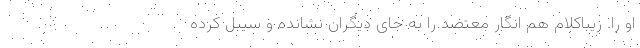
او را. زیباکلام هم انگار معتضد را به جای دیگران نشانده و سیبل کرده